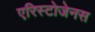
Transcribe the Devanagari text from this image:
एरिस्टोजेनस